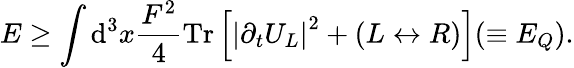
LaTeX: E\ge\int\mathrm{d}^{3}x{\frac{F^{2}}{4}}\mathrm{Tr}\left[\left|\partial_{t}U_{L}\right|^{2}+\left(L\leftrightarrow R\right)\right](\equiv E_{Q}).